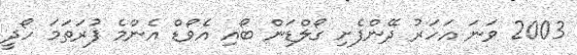
2003 ވަނަ އަހަރު ދޭންފެށި ގޯލްޑަން ބޯއި އެވޯޑް އެންމެ ފުރަތަމަ ހޯދީ